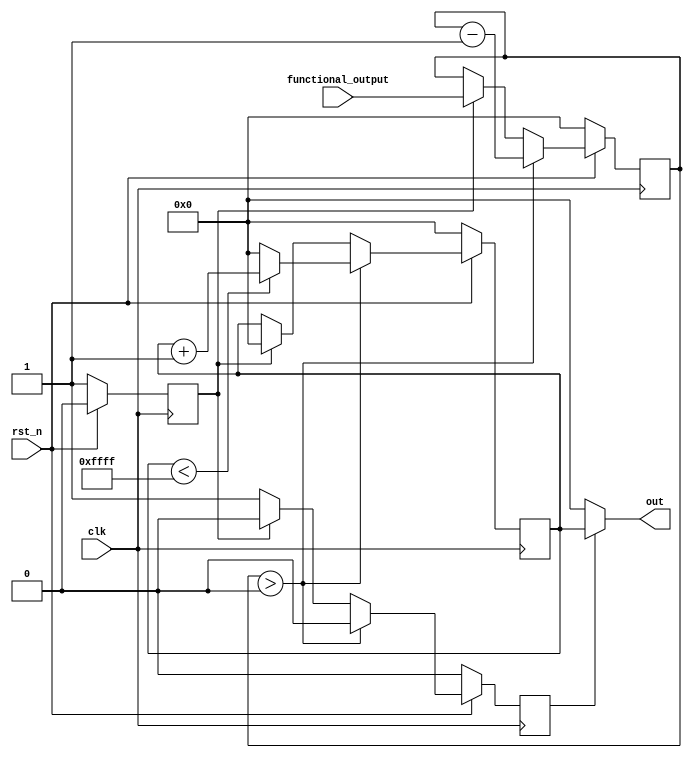
module modulo_checker(
functional_output,
clk,
rst_n,
out
);

parameter 			MODULO = 65536;

/* Inputs */
input  		[15:0]	functional_output;
input 				clk;
input				rst_n;

/* Outputs */
output 		[15:0] 	out;


reg 	[15:0] 		decremental_output;
reg					new_ip;
reg		[15:0]		dout;
reg					done;


assign out = done ? dout : 0;


always @ (posedge clk) begin
if (!rst_n) begin
		decremental_output <= 0;
		dout <= 0;
		new_ip <= 1;
		done <= 0;
end
else begin
		new_ip <= 0;
	if (decremental_output > 0) begin
		decremental_output <= decremental_output - 1;
		done <= 0;
		if (dout < MODULO-1)
			dout <= dout + 1;
		else
			dout <= 0;
	end
	else begin
		decremental_output <= new_ip ? functional_output : decremental_output;
		dout <= new_ip ? 0 : dout;
		done <= new_ip ? 0 : 1;
	end
end  // else block
end // always block

endmodule